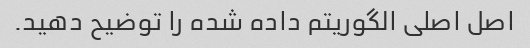
اصل اصلی الگوریتم داده شده را توضیح دهید.